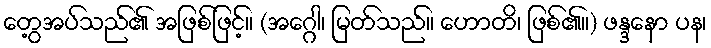
တွေ့အပ်သည်၏ အဖြစ်ဖြင့်။ (အဂ္ဂေါ၊ မြတ်သည်။ ဟောတိ၊ ဖြစ်၏။) ဖန္ဒနော ပန၊